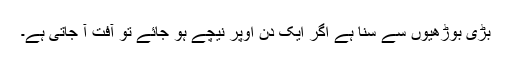
بڑی بوڑھیوں سے سنا ہے اگر ایک دن اوپر نیچے ہو جائے تو آفت آ جاتی ہے۔